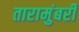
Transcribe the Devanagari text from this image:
तारामुंबरी